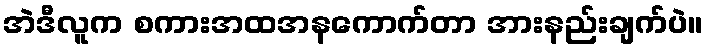
အဲဒီလူက စကားအထအနကောက်တာ အားနည်းချက်ပဲ။